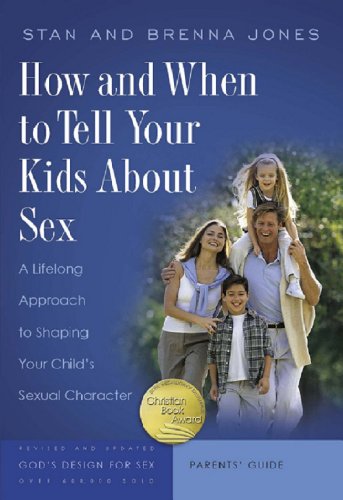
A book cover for How and When to Tell Your Kids About Sex: A Lifelong Approach to Shaping Your Child's Sexual Character (God's Design for Sex); Stan Jones; Christian Books & Bibles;